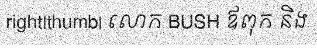
right|thumb| លោក BUSH ឪពុក និង